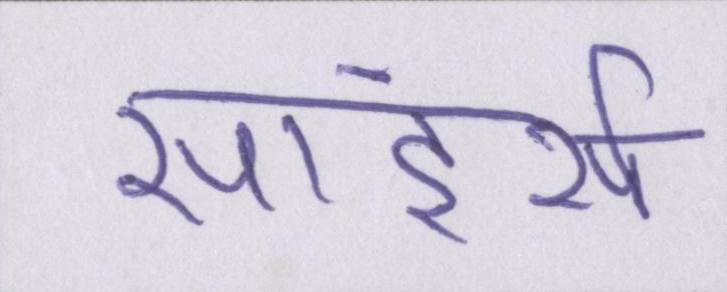
सांडर्स